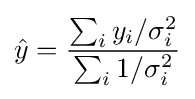
{\hat {y}}={\frac {\sum _{i}y_{i}/\sigma _{i}^{2}}{\sum _{i}1/\sigma _{i}^{2}}}